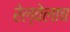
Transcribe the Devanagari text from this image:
रेल्वेलाच